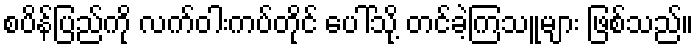
စပိန်ပြည်ကို လက်ဝါးကပ်တိုင် ပေါ်သို့ တင်ခဲ့ကြသူများ ဖြစ်သည်။